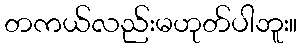
တကယ်လည်းမဟုတ်ပါဘူး။